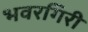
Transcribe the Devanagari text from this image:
भवरगिरी